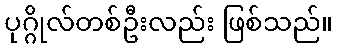
ပုဂ္ဂိုလ်တစ်ဦးလည်း ဖြစ်သည်။